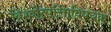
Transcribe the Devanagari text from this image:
विश्वोत्पत्तिाविषयक